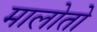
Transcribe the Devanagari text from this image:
मालोतो